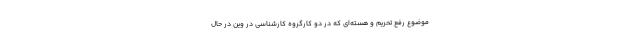
موضوع رفع تحریم و هسته‌ای که در دو کارگروه کارشناسی در وین در حال